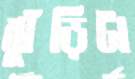
ঝুঁড়িটা